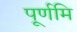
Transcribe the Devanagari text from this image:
पूर्णमि